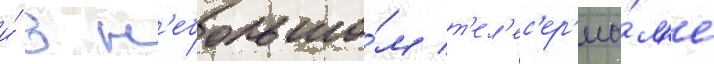
и́ в н'ебольшо́м т'ел'ес'ер'иа́л'е